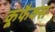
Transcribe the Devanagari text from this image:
कूफैक्स